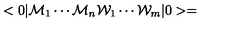
< 0 | { \cal { M } } _ { 1 } \cdots { \cal { M } } _ { n } { \cal { W } } _ { 1 } \cdots { \cal { W } } _ { m } | 0 > =